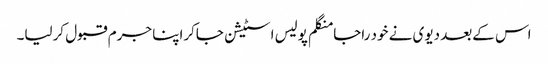
اس کےبعد دیوی نے خود راجا منگلم پولیس اسٹیشن جاکراپنا جرم قبول کرلیا۔